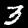
Digit: 3